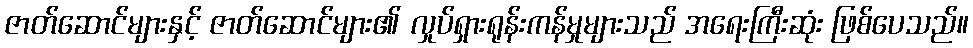
ဇာတ်ဆောင်များနှင့် ဇာတ်ဆောင်များ၏ လှုပ်ရှားရုန်းကန်မှုများသည် အရေးကြီးဆုံး ဖြစ်ပေသည်။